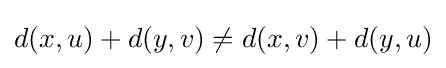
d(x,u)+d(y,v)\not =d(x,v)+d(y,u)